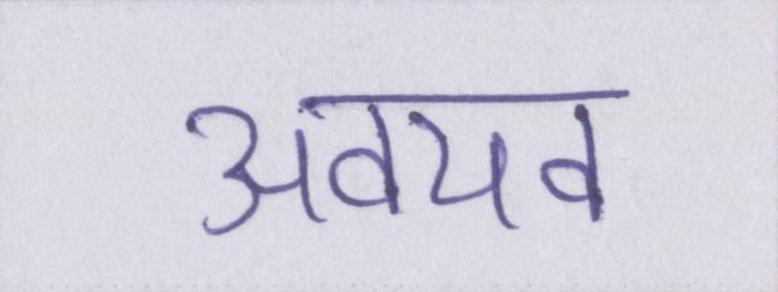
अवयव